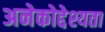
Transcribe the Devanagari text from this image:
अनेकोद्देश्यता